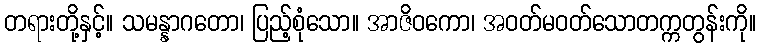
တရားတို့နှင့်။ သမန္နာဂတော၊ ပြည့်စုံသော။ အာဇိဝကော၊ အဝတ်မဝတ်သောတက္ကတွန်းကို။